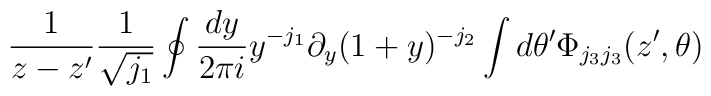
\frac{1}{z-z'} \frac{1}{\sqrt{j_1}}  \oint \frac{dy}{2 \pi i}y^{-j_1}\partial_y (1+y)^{-j_2}  \int d \theta'\Phi_{j_3j_3}(z',\theta)